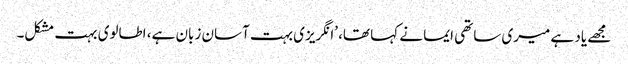
مجھے یاد ہے میری ساتھی ایما نے کہا تھا، ’انگریزی بہت آسان زبان ہے، اطالوی بہت مشکل۔